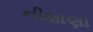
નીશાણા